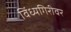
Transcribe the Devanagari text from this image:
विंध्यगिरीवर